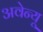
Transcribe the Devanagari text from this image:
अवेन्यू